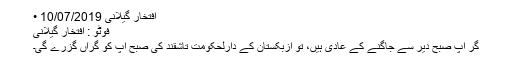
افتخار گیلانی 10/07/2019 •
فوٹو : افتخار گیلانی
گر آپ صبح دیر سے جاگنے کے عادی ہیں، تو ازبکستان کے دارلحکومت تاشقند کی صبح آپ کو گراں گزرے گی۔